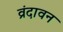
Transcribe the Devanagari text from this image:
व्रंदावन